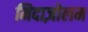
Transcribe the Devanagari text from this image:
मिदाज़ोलम